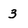
Character: 3